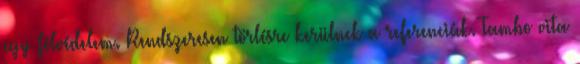
egy félvédelem. Rendszeresen törlésre kerülnek a referenciák. Tambo vita